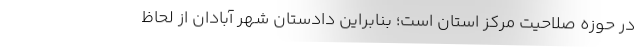
در حوزه صلاحیت مرکز استان است؛ بنابراین دادستان شهر آبادان از لحاظ